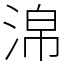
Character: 淿